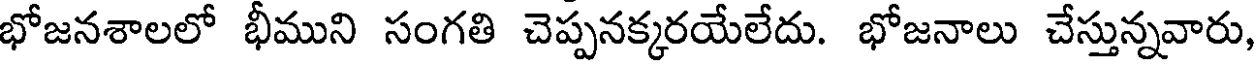
భోజనశాలలో భీముని సంగతి చెప్పనక్కరయేలేదు. భోజనాలు చేస్తున్నవారు,